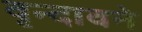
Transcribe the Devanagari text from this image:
वृन्दावने